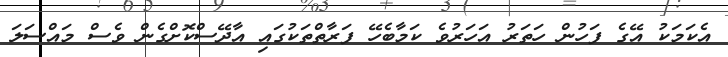
އެކަމަކު އޭގެ ފަހުން ހަތަރު އަހަރުވެ ކަމާބެހޭ ފަރާތްތަކުގައި އާދޭސްކޮށްގެން ވެސް މައްސަލަ